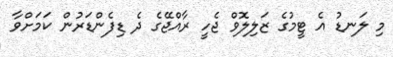
މި ލަނޑު އެ ޓީމުގެ ޒަލިލޮވް ޖެހީ ރާއްޖޭގެ ދެ ޑިފެންޑަރުން ކަމަށްވާ